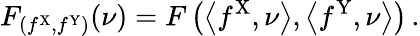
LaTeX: F_{(f^{\mathrm{X}},f^{\mathrm{Y}})}(\nu)=F\left(\left\langle f^{\mathrm{X}},\nu\right\rangle,\left\langle f^{\mathrm{Y}},\nu\right\rangle\right)\, .